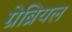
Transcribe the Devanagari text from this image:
ग्रेब्रियल